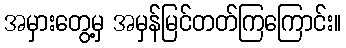
အမှားတွေ့မှ အမှန်မြင်တတ်ကြကြောင်း။